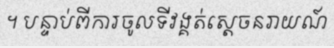
។ បន្ទាប់ពីការចូលទីវង្គត់ស្តេចនរាយណ៍